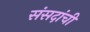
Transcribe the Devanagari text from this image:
संसदांची